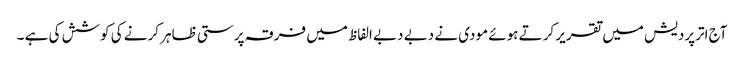
آج اترپردیش میں تقریر کرتے ہوئے مودی نے دبے دبے الفاظ میں فرقہ پرستی ظاہر کرنے کی کوشش کی ہے ۔